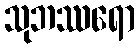
သုဘဿရော